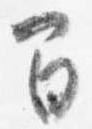
間